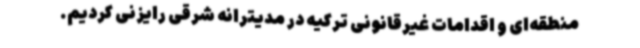
منطقه‌ای و اقدامات غیرقانونی ترکیه در مدیترانه شرقی رایزنی کردیم.